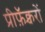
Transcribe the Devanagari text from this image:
प्रीफ़ॅक्चरों